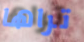
تراها